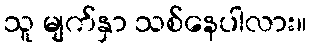
သူ မျက်နှာ သစ်နေပါလား။